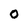
Character: O